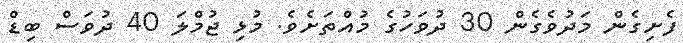
ފެށިގެން މަދުވެގެން 30 ދުވަހުގެ މުއްތަށެވެ. މުޅި ޖުމްލަ 40 ދުވަސް ބިޑް